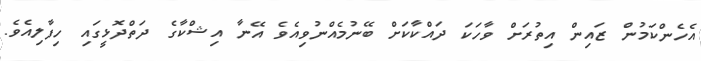
އެހެންކަމުން ޒައިން އިތުރަށް ވާހަކަ ދައްކާކަށް ބޭނުމެއްނުވިއެވެ އޭނާ އިޝްކާގެ ދަތްދޮޅީގައި ހިފާލިއެވެ.